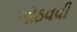
ગોઠવવી